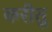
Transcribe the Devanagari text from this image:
करीतु